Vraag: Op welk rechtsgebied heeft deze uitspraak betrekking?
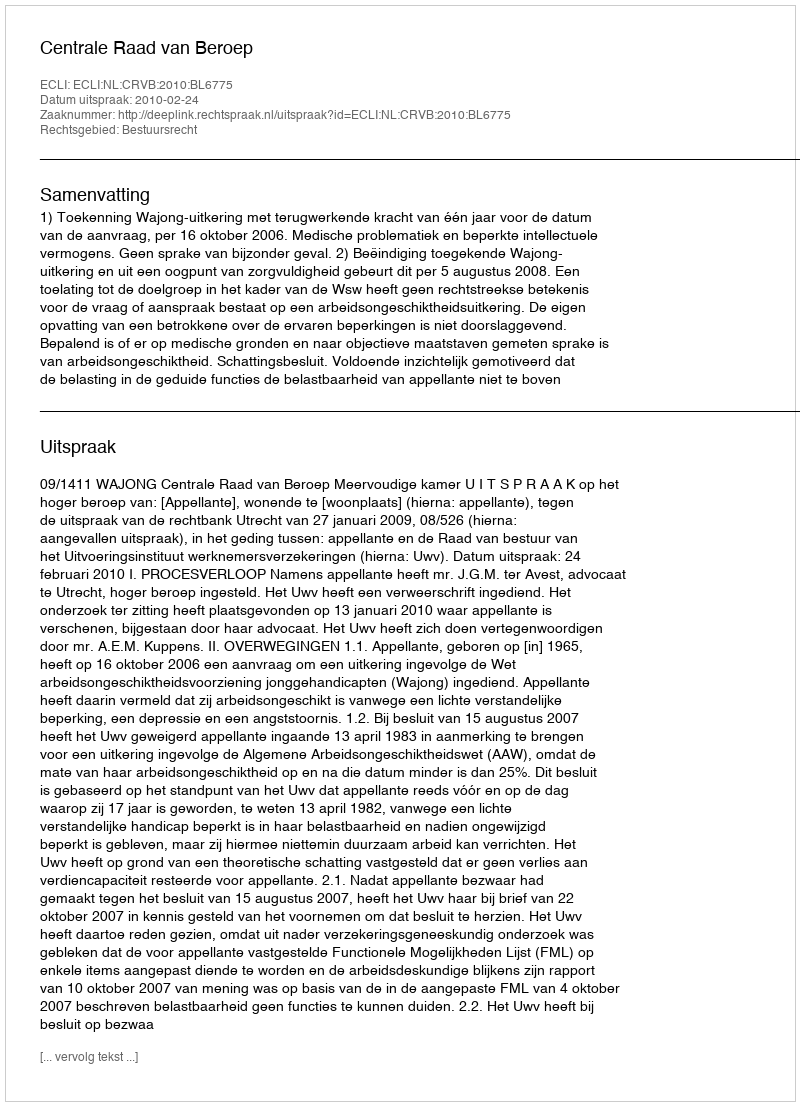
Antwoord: Bestuursrecht